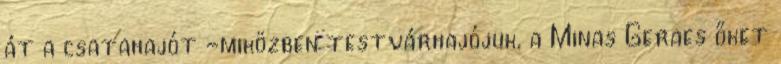
át a csatahajót -miközben testvárhajójuk, a Minas Geraes őket